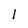
Character: I